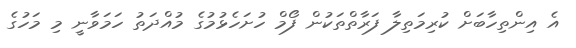
އެ އިންތިހާބަށް ކުރިމަތިލާ ފަރާތްތަކުން ފޯމް ހުށަހެޅުމުގެ މުއްދަތު ހަމަވާނީ މި މަހުގެ